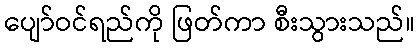
ပျော်ဝင်ရည်ကို ဖြတ်ကာ စီးသွားသည်။